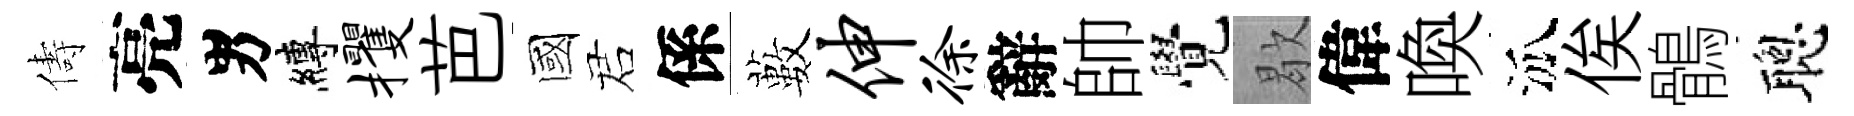
儔亮男縛攫芭國诺係藪伸徐辭帥覺歇偉喚泒俟鶻聰